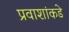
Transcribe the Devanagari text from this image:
प्रवाशांकडे